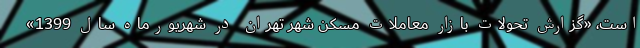
است، «گزارش تحولات بازار معاملات مسکن شهر تهران در شهریورماه سال 1399»